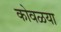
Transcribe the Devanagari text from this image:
कोवळया